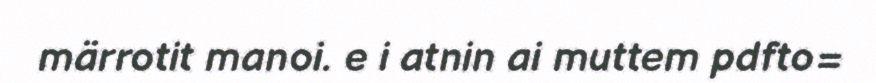
märrotit manoi. e i atnin ai muttem pdfto=